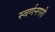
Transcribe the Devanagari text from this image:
स्‍वर्णनगरी